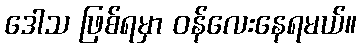
ဒေါသ ဖြစ်ရမှာ ဝန်လေးနေရမယ်။